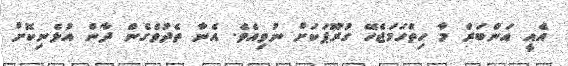
އެއީ އަންބަރް މާ ހިތްހަމަޖެހޭ ގުރޫޕަކަށް ނުވިއެވެ. އެނާ ތެދުވެގެން ދާން އުޅެނިކޮށް